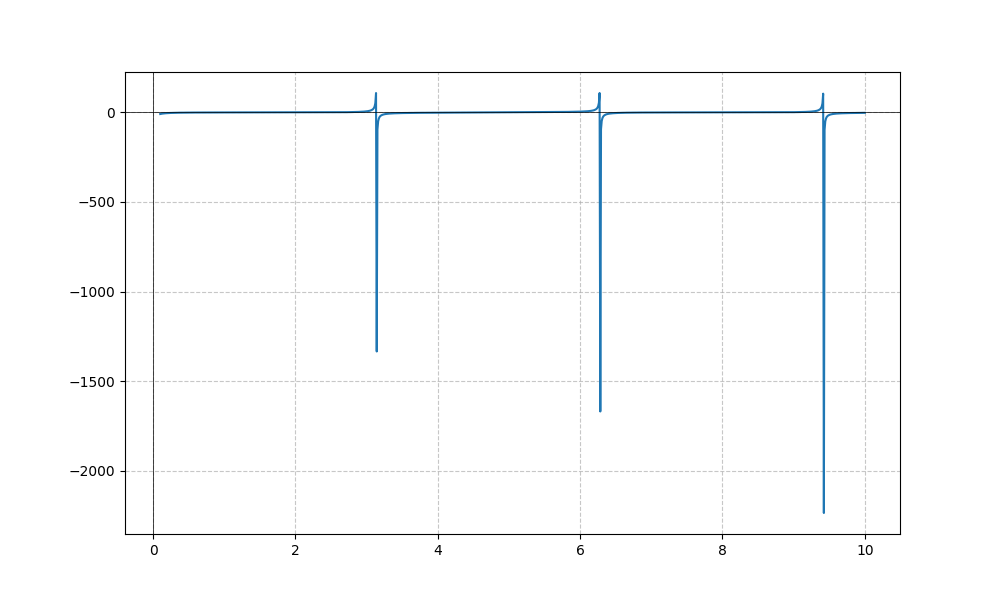
LaTeX formula: \cos{\left(x \right)} - \cot{\left(x \right)}